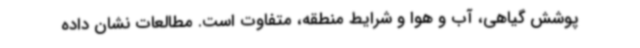
پوشش گیاهی، آب و هوا و شرایط منطقه، متفاوت است. مطالعات نشان داده